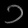
Digit: ၁